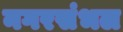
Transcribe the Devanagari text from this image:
नगरसंभल